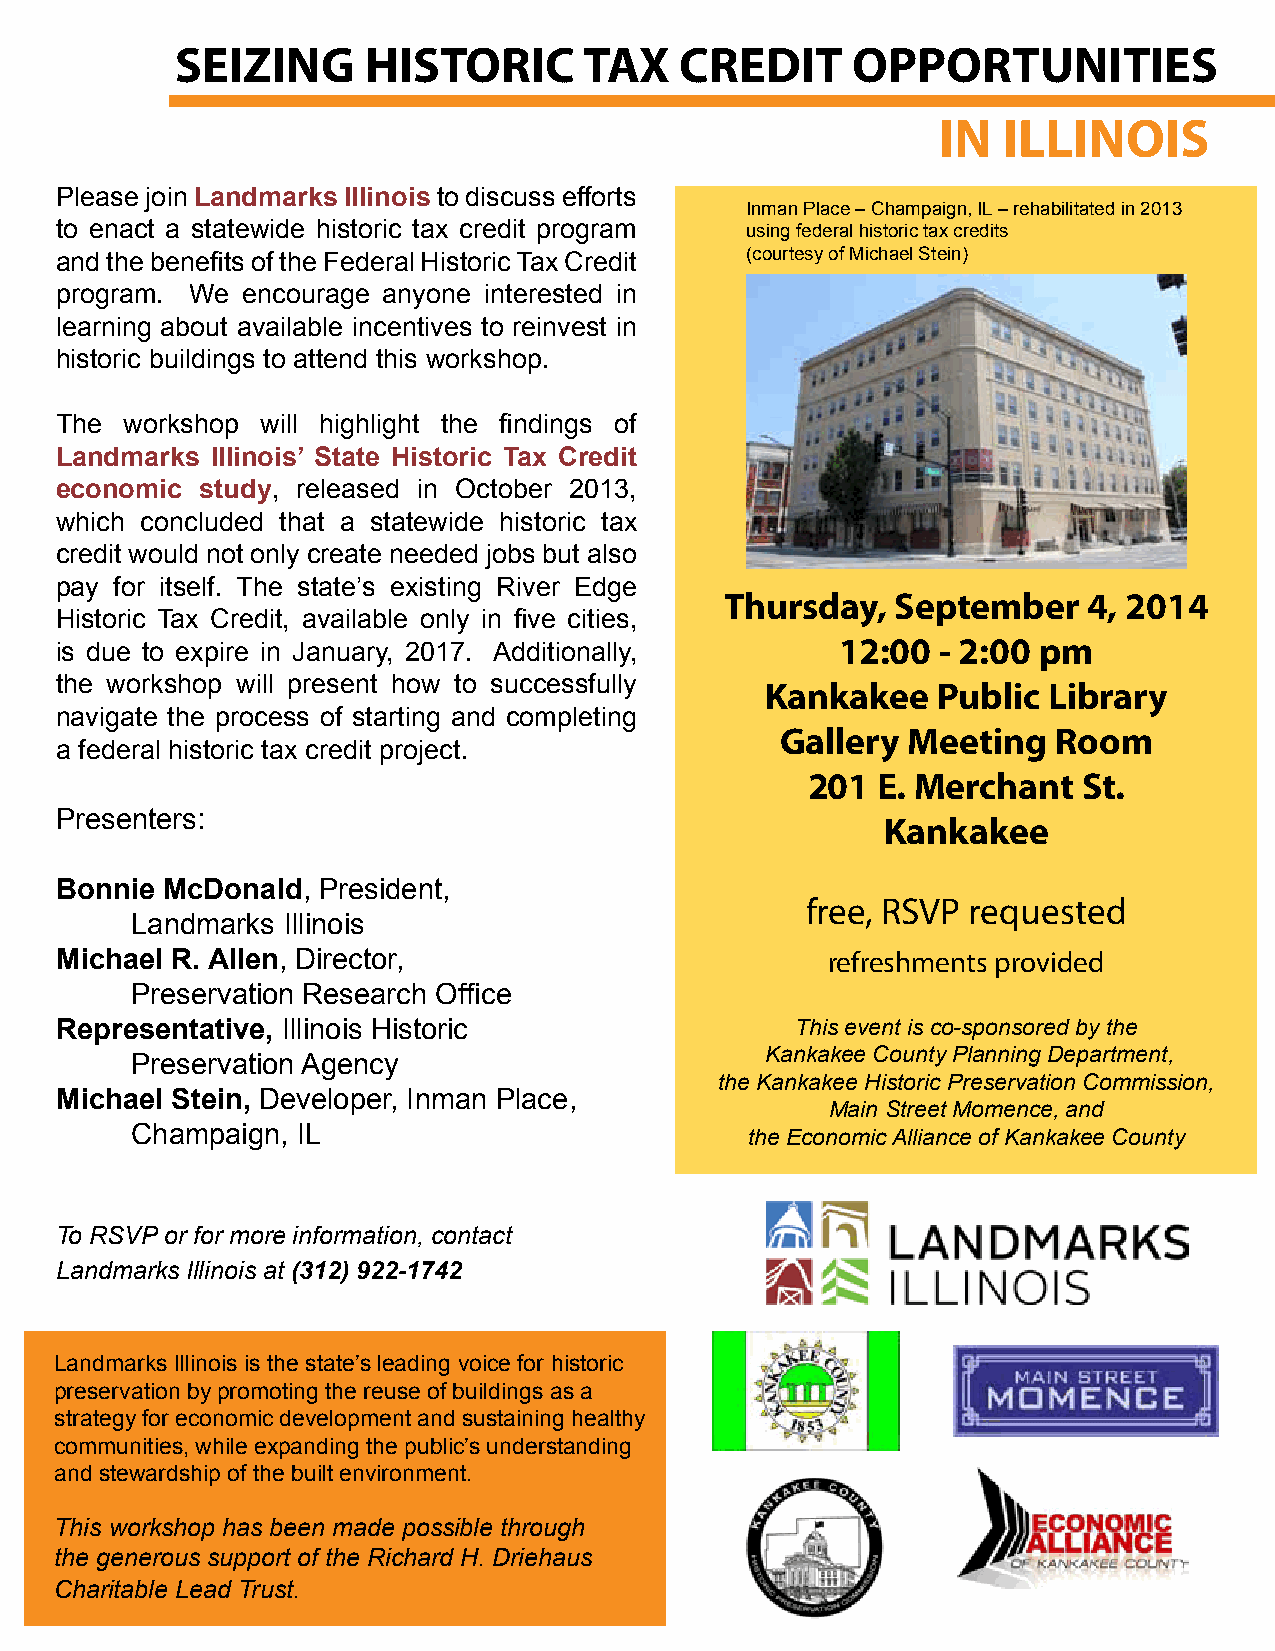
SEIZING     HISTORIC       TAX   CREDIT     OPPORTUNITIES
 IN  ILLINOIS
 Please join Landmarks Illinois to discuss efforts
 Inman Place – Champaign, IL – rehabilitated in 2013
 to enact a statewide historic tax credit program using federal historic tax credits
 and the benefits of the Federal Historic Tax Credit (courtesy of Michael Stein)
 program. We encourage anyone interested in
 learning about available incentives to reinvest in
 historic buildings to attend this workshop.
 The workshop will highlight the findings of
 Landmarks Illinois’ State Historic Tax Credit
 economic study, released in October 2013,
 which concluded that a statewide historic tax
 credit would not only create needed jobs but also
 pay for itself. The state’s existing River Edge
 Thursday,  September    4, 2014
 Historic Tax Credit, available only in five cities,
 12:00 - 2:00 pm
 is due to expire in January, 2017. Additionally,
 the workshop will present how to successfully  Kankakee   Public Library
 navigate the process of starting and completing
 Gallery Meeting   Room
 a federal historic tax credit project.
 201  E. Merchant   St.
 Presenters:
 Kankakee
 Bonnie McDonald, President,
 free, RSVP requested
 Landmarks Illinois
 Michael R. Allen, Director,                        refreshments provided
 Preservation Research Office
 Representative, Illinois Historic                This event is co-sponsored by the
 Kankakee County Planning Department,
 Preservation Agency
 the Kankakee Historic Preservation Commission,
 Michael Stein, Developer, Inman Place,
 Main Street Momence, and
 Champaign, IL                            the Economic Alliance of Kankakee County
 To RSVP or for more information, contact
 Landmarks Illinois at (312) 922-1742
 Landmarks Illinois is the state’s leading voice for historic
 preservation by promoting the reuse of buildings as a
 strategy for economic development and sustaining healthy
 communities, while expanding the public’s understanding
 and stewardship of the built environment.
 This workshop has been made possible through
 the generous support of the Richard H. Driehaus
 Charitable Lead Trust.